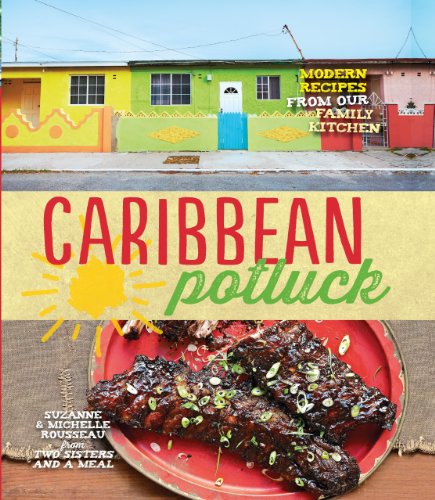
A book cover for Caribbean Potluck: Modern Recipes from Our Family Kitchen; Suzanne Rousseau; Cookbooks, Food & Wine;